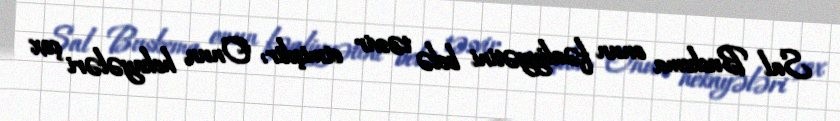
Sal Buskema onun fəaliyyətini belə təsvir etmişdir: "Onun hekayələri çox